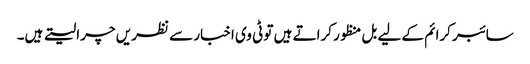
سائبر کرائم کے لیے بل منظور کراتے ہیں تو ٹی وی اخبار سے نظریں چرا لیتے ہیں۔